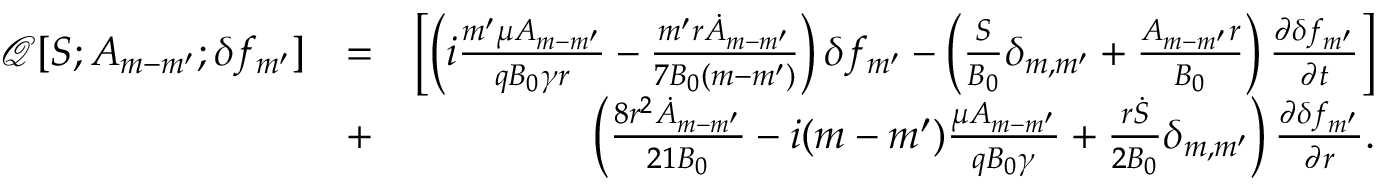
\begin{array} { r l r } { \mathcal { Q } [ S ; A _ { m - m ^ { \prime } } ; \delta f _ { m ^ { \prime } } ] } & { = } & { \left[ \left( i \frac { m ^ { \prime } \mu A _ { m - m ^ { \prime } } } { q B _ { 0 } \gamma r } - \frac { m ^ { \prime } r \dot { A } _ { m - m ^ { \prime } } } { 7 B _ { 0 } ( m - m ^ { \prime } ) } \right) \delta f _ { m ^ { \prime } } - \left( \frac { S } { B _ { 0 } } \delta _ { m , m ^ { \prime } } + \frac { A _ { m - m ^ { \prime } } r } { B _ { 0 } } \right) \frac { \partial \delta f _ { m ^ { \prime } } } { \partial t } \right] } \\ & { + } & { \left( \frac { 8 r ^ { 2 } \dot { A } _ { m - m ^ { \prime } } } { 2 1 B _ { 0 } } - i ( m - m ^ { \prime } ) \frac { \mu A _ { m - m ^ { \prime } } } { q B _ { 0 } \gamma } + \frac { r \dot { S } } { 2 B _ { 0 } } \delta _ { m , m ^ { \prime } } \right) \frac { \partial \delta f _ { m ^ { \prime } } } { \partial r } . } \end{array}